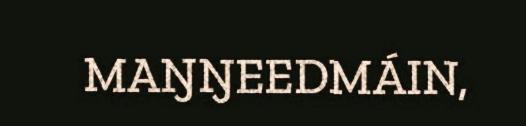
MAŊŊEEDMÁIN,